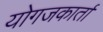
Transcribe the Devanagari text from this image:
योगजकार्ता